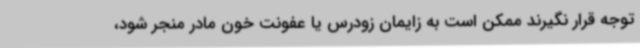
توجه قرار نگیرند ممکن است به زایمان زودرس یا عفونت خون مادر منجر شود،